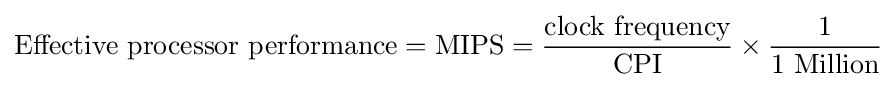
{\text{Effective processor performance}}={\text{MIPS}}={\frac {\text{clock frequency}}{\text{CPI}}}\times {\frac {1}{\text{1 Million}}}